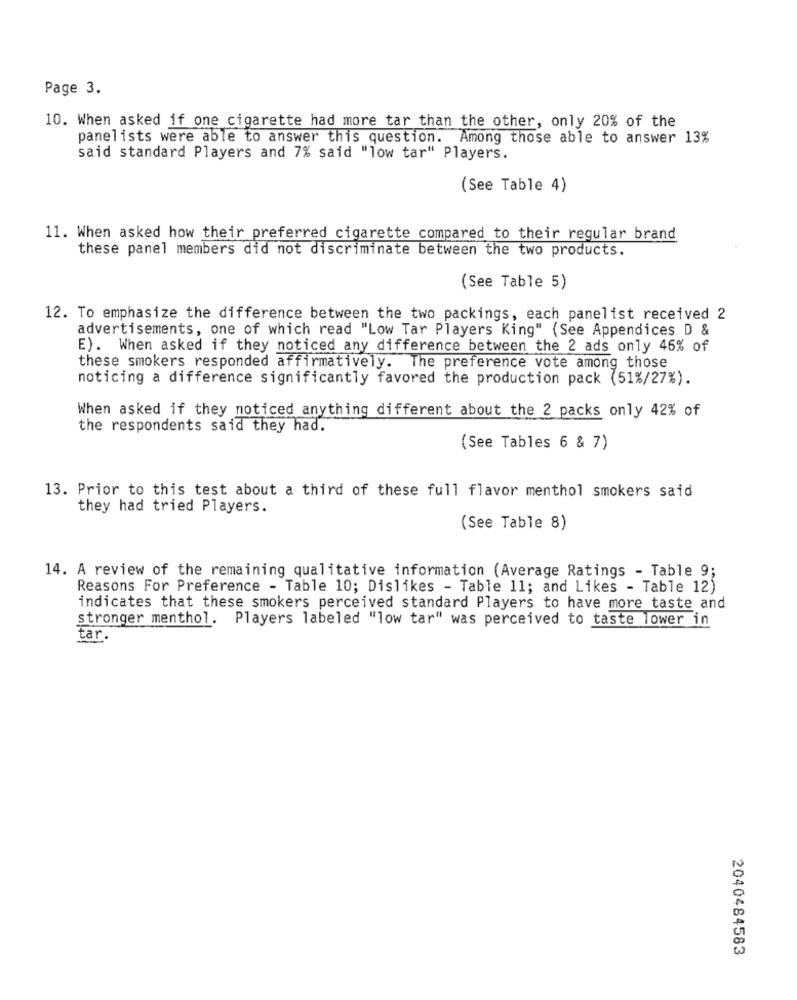
Page 3.
10. When asked if one cigarette had more tar than the other, only 20% of the
panelists were able to answer this question. Among those able to answer 13%
said standard Players and 7% said "low tar" Players.
(See Table 4)
11. When asked how their preferred cigarette compared to their regular brand
these panel members did not discriminate between the two products.
(See Table 5)
12. To emphasize the difference between the two packings, each panelist received 2
advertisements, one of which read "Low Tar Players King" (See Appendices D &
E). When asked if they noticed any difference between the 2 ads only 46% of
these smokers responded affirmatively. The preference vote among those
noticing a difference significantly favored the production pack (51%/27%).
When asked if they noticed anything different about the 2 packs only 42% of
the respondents said they had.
(See Tables 6 & 7)
13. Prior to this test about a third of these full flavor menthol smokers said
they had tried Players.
(See Table 8)
14. A review of the remaining qualitative information (Average Ratings - Table 9;
Reasons For Preference - Table 10; Dislikes - Table 11; and Likes - Table 12)
indicates that these smokers perceived standard Players to have more taste and
stronger menthol. Players labeled "low tar" was perceived to taste lower in
tar.
2040484583